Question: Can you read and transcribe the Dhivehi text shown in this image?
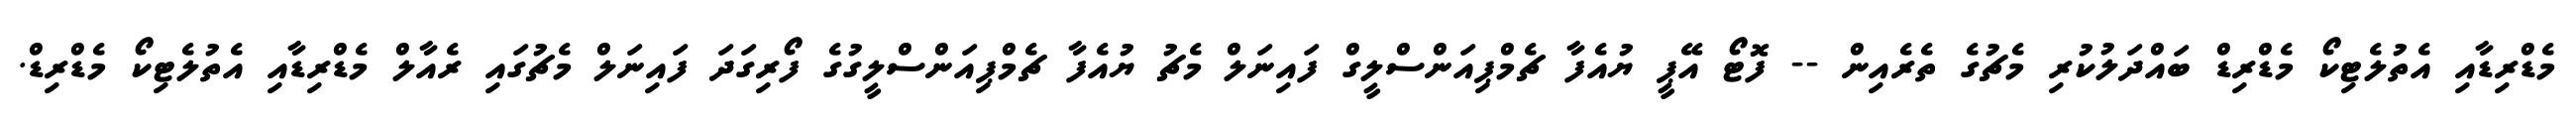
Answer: މެޑްރިޑާއި އެތުލެޓިކޯ މެޑްރިޑް ބައްދަލުކުރި މެޗުގެ ތެރެއިން -- ފޮޓޯ އޭޕީ ޔުއެފާ ޗެމްޕިއަންސްލީގް ފައިނަލް މެޗު ޔުއެފާ ޗެމްޕިއަންސްލީގުގެ ފޯރިގަދަ ފައިނަލް މެޗުގައި ރެއާލް މެޑްރިޑާއި އެތުލެޓިކޯ މެޑްރިޑް.